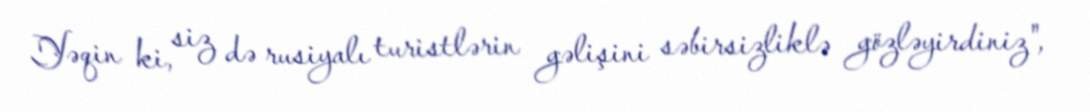
Yəqin ki, siz də rusiyalı turistlərin gəlişini səbirsizliklə gözləyirdiniz",